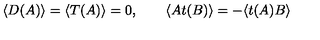
\langle D ( A ) \rangle = \langle T ( A ) \rangle = 0 , \qquad \langle A t ( B ) \rangle = - \langle t ( A ) B \rangle